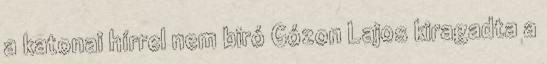
a katonai hírrel nem biró Gózon Lajos kiragadta a